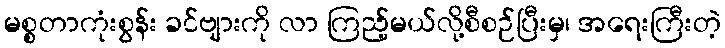
မစ္စတာကုံးစွန်း ခင်ဗျားကို လာ ကြည့်မယ်လို့စီစဉ်ပြီးမှ၊ အရေးကြီးတဲ့